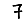
Digit: 7